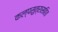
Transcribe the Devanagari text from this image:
कल्पसुत्रासहित